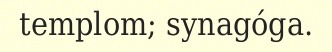
templom; synagóga.